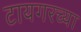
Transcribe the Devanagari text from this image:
टायगरच्या